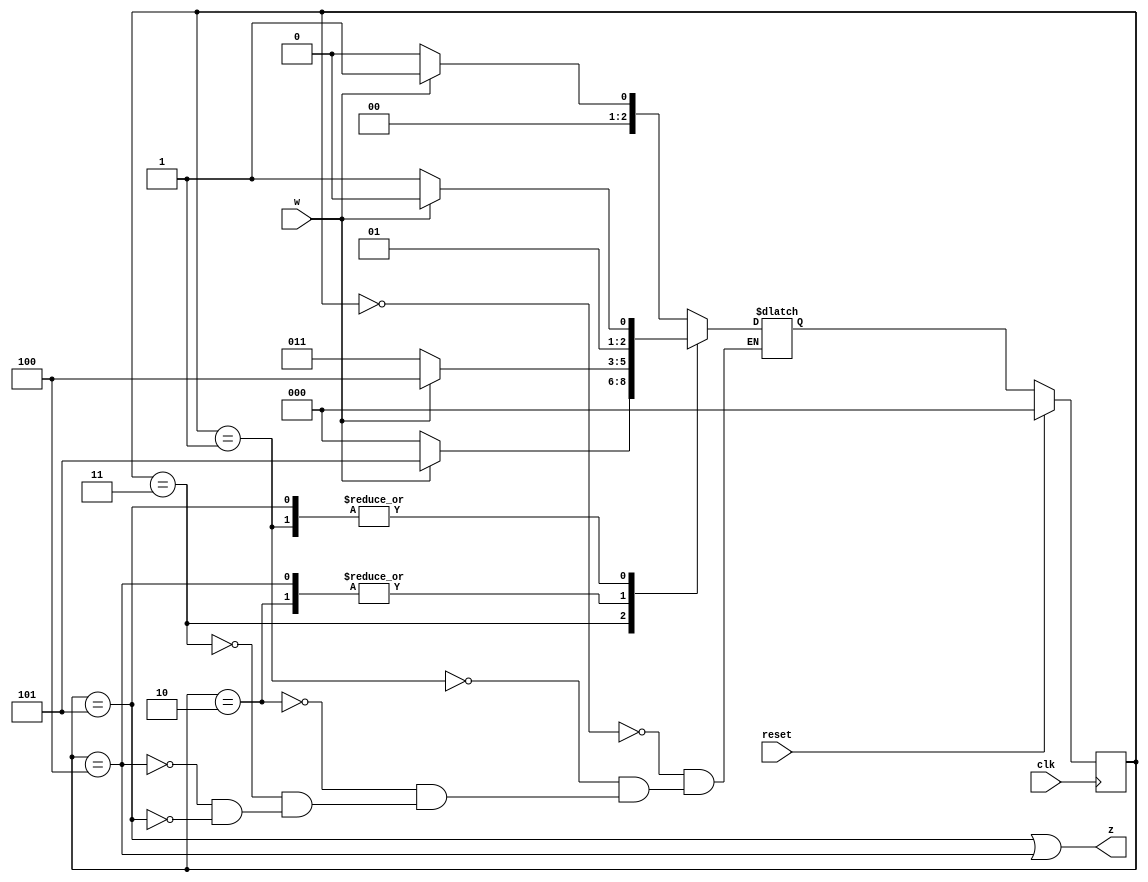
module top_module (
    input clk,
    input reset,   // Synchronous active-high reset
    input w,
    output z
);
    
    parameter A=0, B=1, C=2, D=3, E=4, F=5;
    reg [3:1] state, next;
    
    always @ (*) begin
        case (state)
            A: next = ~w ? A : B;
            B: next = ~w ? D : C;
            C: next = ~w ? D : E;
            D: next = ~w ? A : F;
            E: next = ~w ? D : E;
            F: next = ~w ? D : C;
        endcase
    end
    
    always @ (posedge clk) begin
        if (reset) state <= A;
        else state <= next;
    end
    
    assign z = state == F | state == E;

endmodule